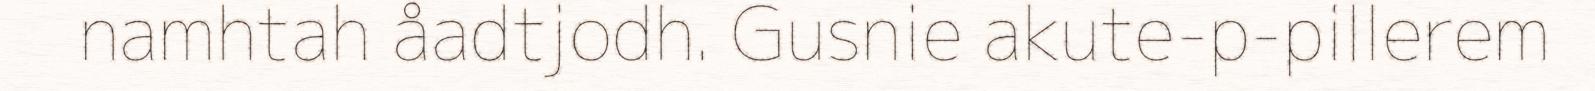
namhtah åadtjodh. Gusnie akute-p-pillerem